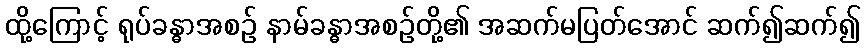
ထို့ကြောင့် ရုပ်ခန္ဓာအစဉ် နာမ်ခန္ဓာအစဉ်တို့၏ အဆက်မပြတ်အောင် ဆက်၍ဆက်၍